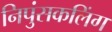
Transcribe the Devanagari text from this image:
निपुंसकलिंग